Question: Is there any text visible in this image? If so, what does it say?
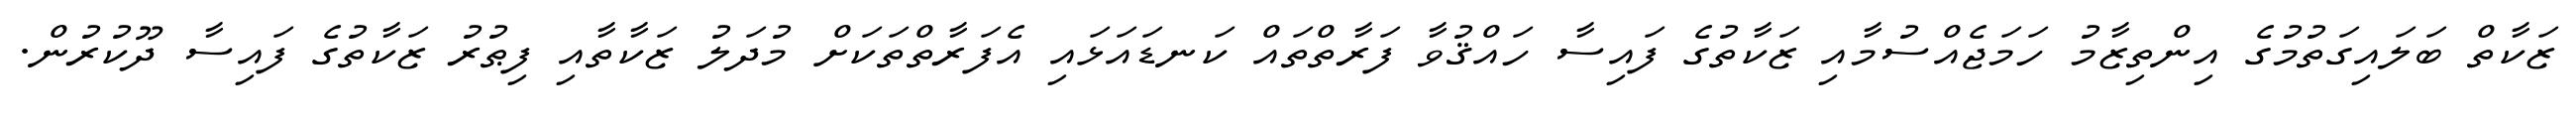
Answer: ޒަކާތް ބަލައިގަތުމުގެ އިންތިޒާމު ހަމަޖެއްސުމާއި ޒަކާތުގެ ފައިސާ ހައްޤުވާ ފަރާތްތައް ކަނޑައަޅައި އެފަރާތްތަކަށް މުދަލު ޒަކާތާއި ފިޠުރު ޒަކާތުގެ ފައިސާ ދޫކުރުން.